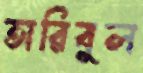
তারিবুল